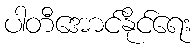
ပါတီအောင်နိုင်ရေး